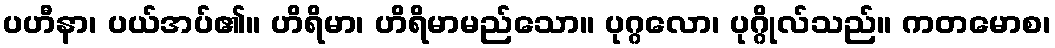
ပဟီနာ၊ ပယ်အပ်၏။ ဟိရိမာ၊ ဟိရိမာမည်သော။ ပုဂ္ဂလော၊ ပုဂ္ဂိုလ်သည်။ ကတမောစ၊